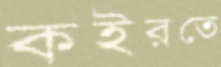
কইরতে